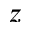
z